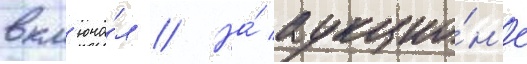
вкл'юча́л // На́ аукцио́н'е